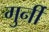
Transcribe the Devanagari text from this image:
गुर्नी